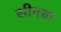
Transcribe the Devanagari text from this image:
सीनचा